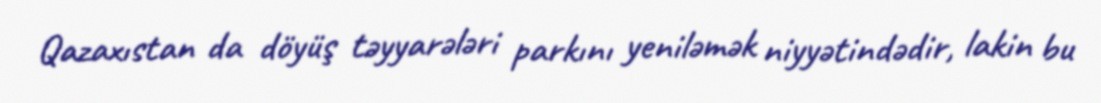
Qazaxıstan da döyüş təyyarələri parkını yeniləmək niyyətindədir, lakin bu